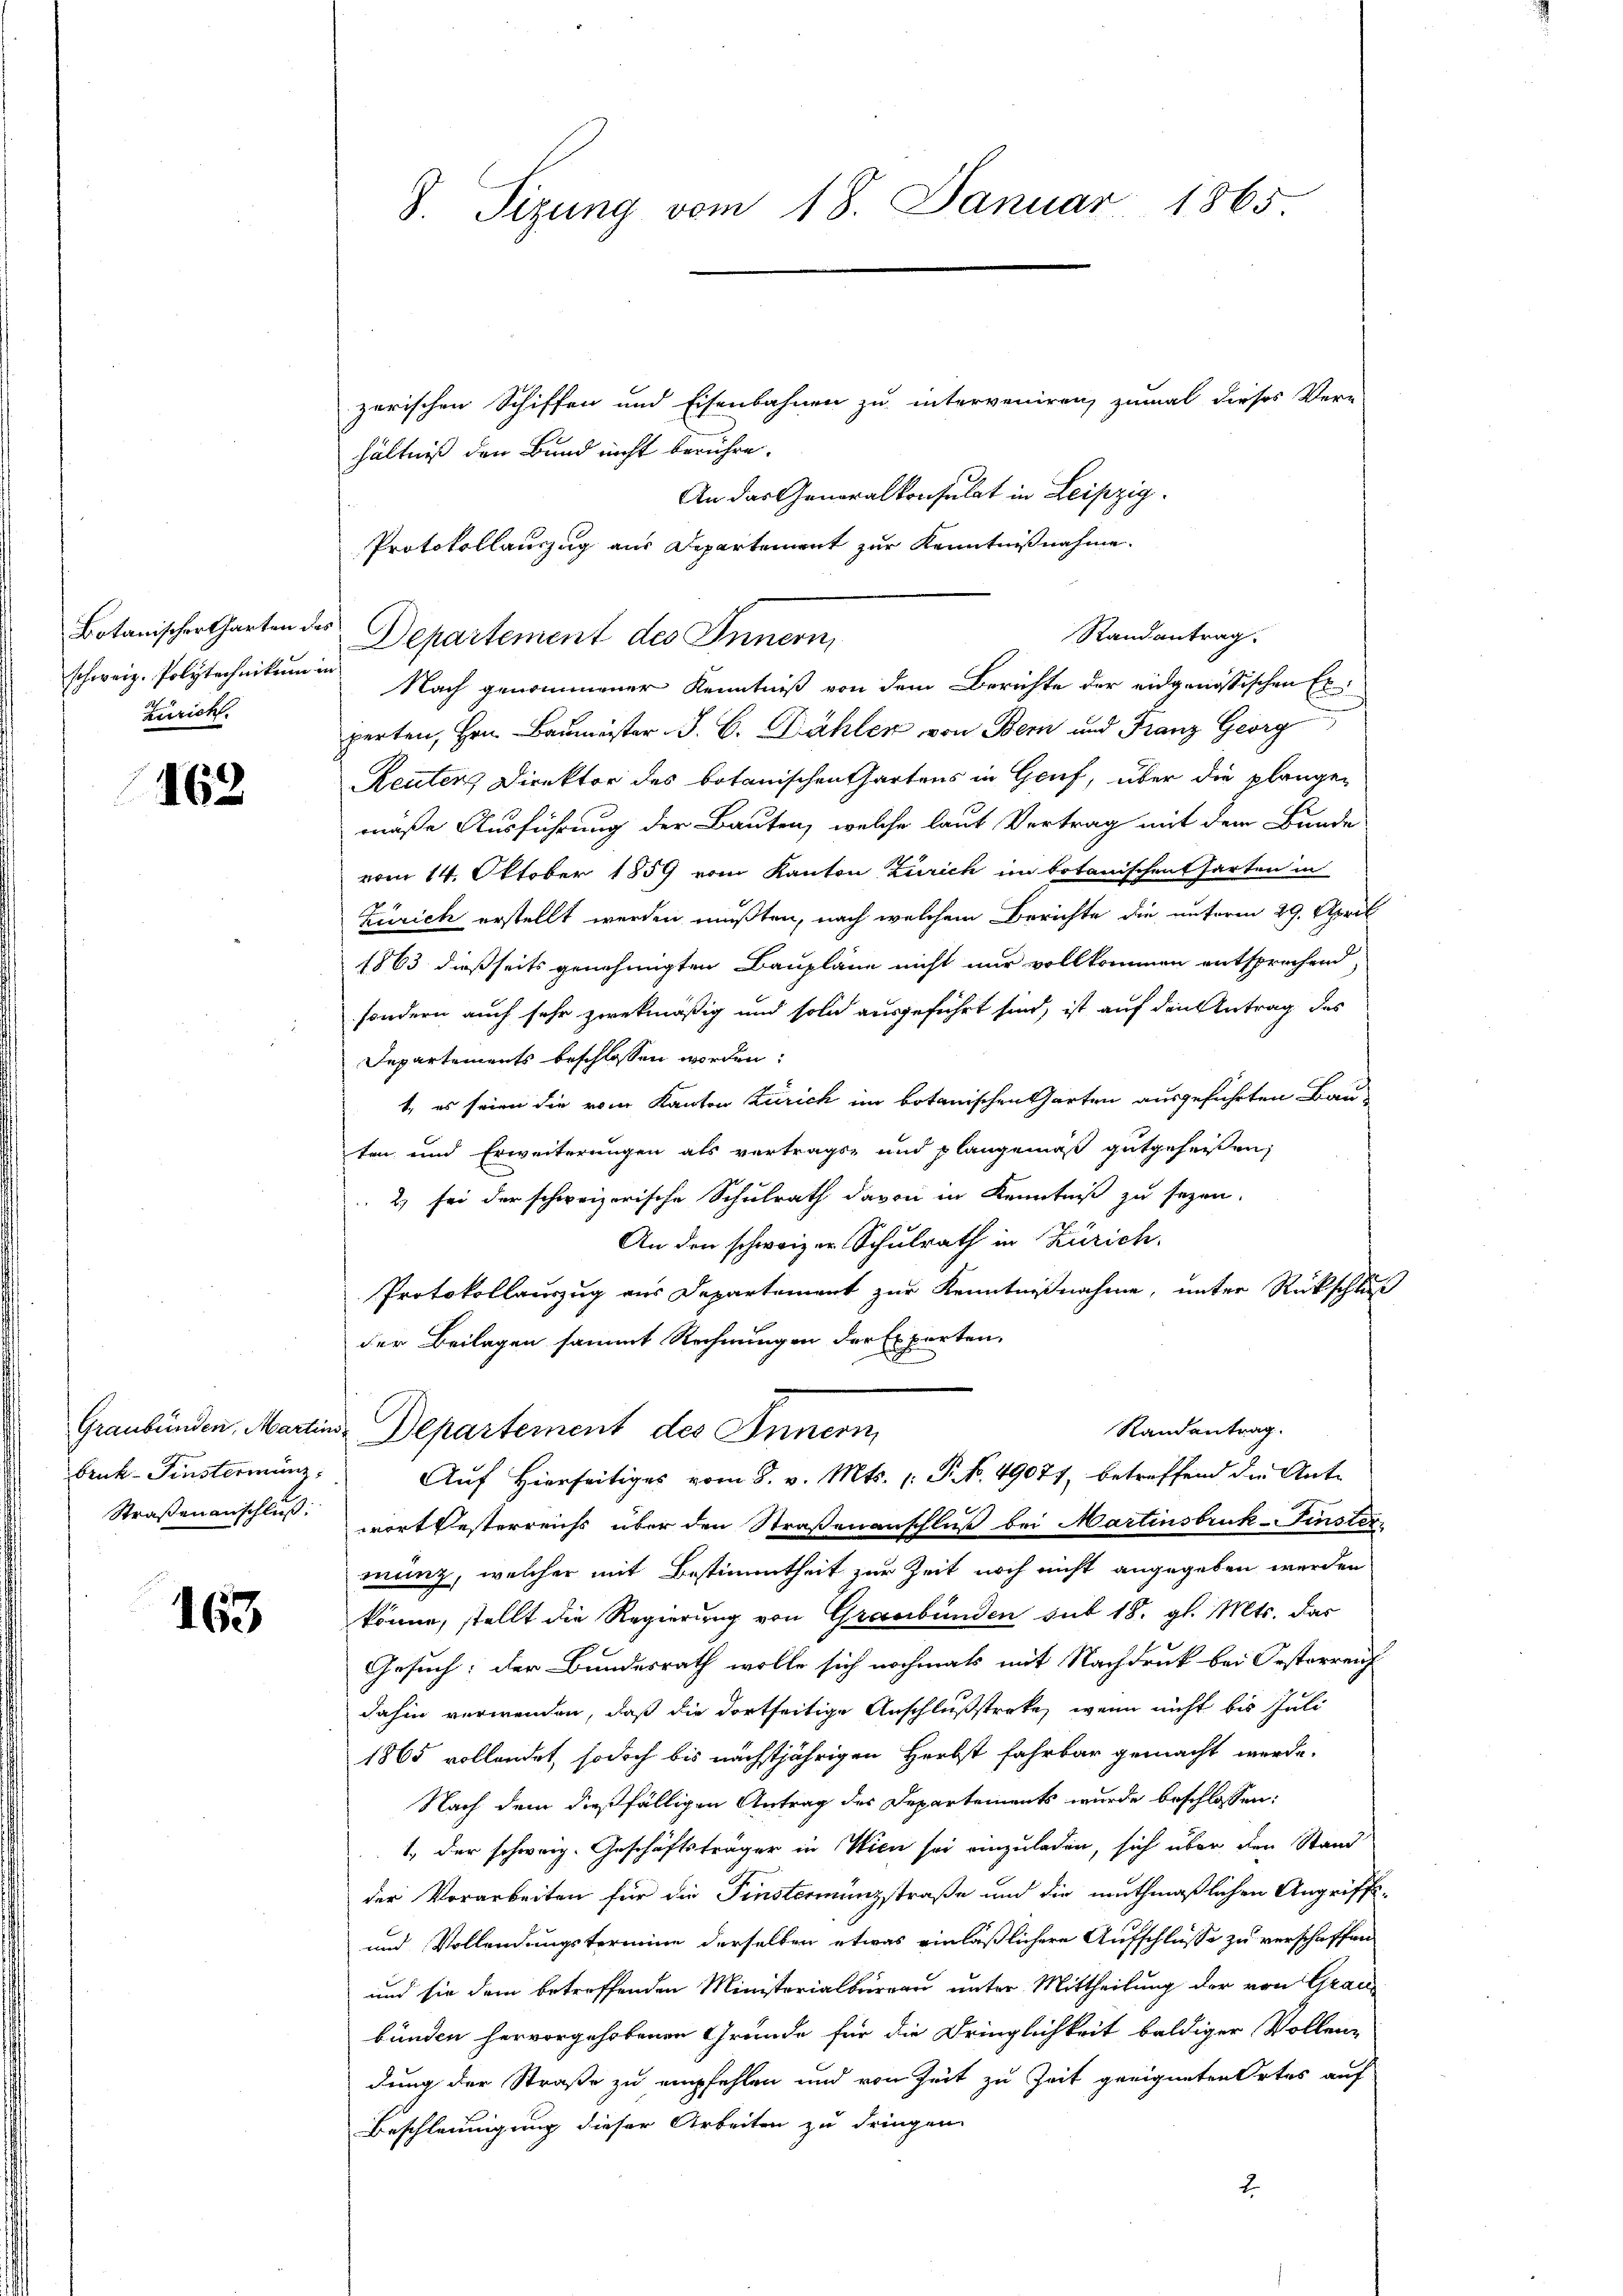
Züricht.

162

Bruk-Finstermanz
Straßenanschluß:

163

zerischen Schiffen und Eisenbahnen zu interveniren, zumal dieses Ver-
hältniß den Bund nicht berühre.
An das Generalkonsulat in Leipzig.
Protokollauszug aus Departement zur Kenntnißnahme.
Botanischer harten des Departement des Innern,
schweiz. Polytechnikum in Nach genommener Kenntniß von dem Berichte der eidgenössischen Er
perten, Hrn. Baumeister J. C. Dähler von Bern und Franz Georg
Reuters Direktor des botanischen hartens in Gruf, über die plangen
mäße Ausführung der Bauten, welche laut Vertrag mit dem Bunde
vom 14. Oktober 1859 vom Kanton Zürich im botanischen Parten in
Zürich erstellt werden mußten, nach welchem Berichte die unterm 29. April
1863 dießseits genehmigten Baupläne nicht nur vollkommen entsprechend,
sondern auch sehr zwekmäßig und soll ausgeführt sind, ist auf den Antrag des
Departements beschlossen worden:
t, es seien die vom Kanton Zürich im botanischen Garten ausgeführten Bauten und Erweiterungen als vertrags- und plangemäß gutgeheißen,
2) sei der schweizerische Schulrath davon in Kenntniß zu sezen.
An den schweizer Schulrath in Zürich.
Protokollauszug aus Departement zur Kenntnißnahme, unter Rückschluß
der Beilagen sammt Rechnungen der Experten.
Randantrag.
Graubünden, Martins Departement des Innern,
Auf Hierseitiges vom 8. v. Mts. 1. P. No. 49077, betreffend die Antr
wort Resterreichs über den Straßenanschluß bei Martinsbruck-Finsten
mung, welcher mit Bestimmtheit zur Zeit noch nicht angegeben werden
könne, stellt die Regierung von Graubünden sub 18. gl. Mts. das
Gesuch: der Bundesrath wolle sich nochmals mit Nachdruk bei Oesterreich
dahin verwenden, daß die dortseitige Anschlußstreke, wenn nicht bis Juli
1865 vollendet, so doch bis nächstjährigen Herbst fahrbar gemacht werde.
Nach dem dießfälligen Antrag des Departements wurde beschlossen:
1, der schweiz. Geschäftsträger in Wien sei einzuladen, sich über den Stand
der Vorarbeiten für die Finstermünzstraße und die muthmaßlichen Angriffs-
und Vollendungstermine derselben etwas einläßlichere Aufschlüsse zu verschaffen
und sie dem betreffenden Ministerialbureau unter Mittheilung der von Grau
bunden hervorgehobenen Gründe für die Dringlichkeit baldiger Vollen-
dung der Straße zu empfehlen und von Zeit zu Zeit geeigneten Ortes auf
Beschleunigung dieser Arbeiten zu dringen.
2.

8. Sizung vom 18. Januar 1865.

Randantrag.